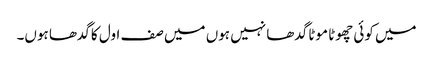
میں کوئی چھوٹا موٹا گدھا نہیں ہوں میں صف اول کا گدھا ہوں۔